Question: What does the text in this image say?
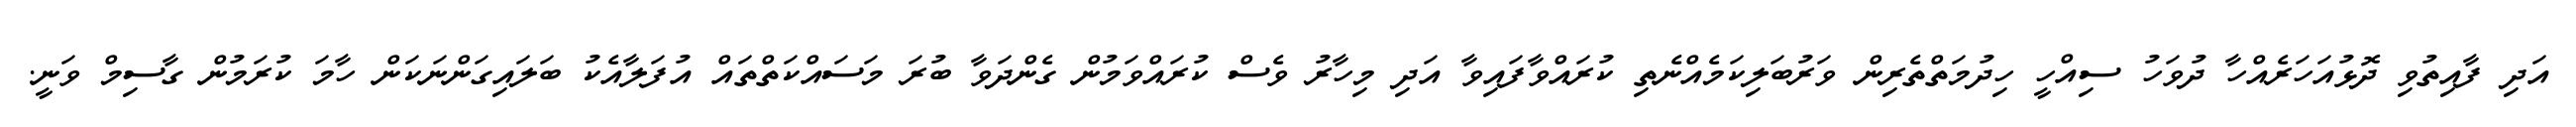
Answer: އަދި ފާއިތުވި ދޮޅުއަހަރެއްހާ ދުވަހު ސިއްހީ ހިދުމަތްތެރިން ވަރުބަލިކަމެއްނެތި ކުރައްވާފައިވާ އަދި މިހާރު ވެސް ކުރައްވަމުން ގެންދަވާ ބުރަ މަސައްކަތްތައް އުފަލާއެކު ބަލައިގަންނަކަން ހާމަ ކުރަމުން ގާސިމް ވަނީ.